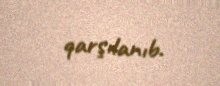
qarşılanıb.